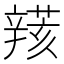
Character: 𨐮